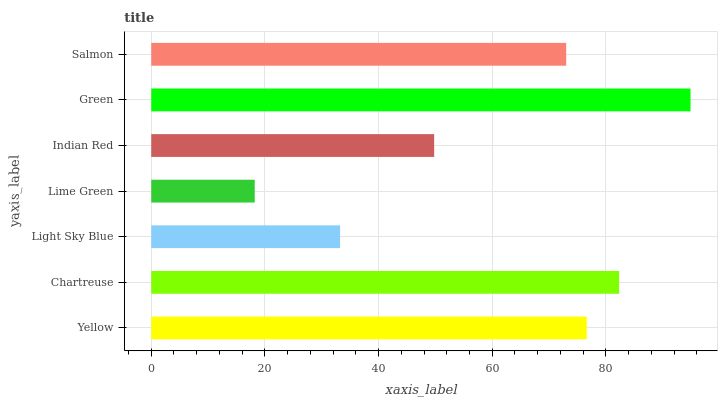
| yaxis_label | bars |
 | --- | --- |
 | Yellow | 76.6 |
 | Chartreuse | 82.3 |
 | Light Sky Blue | 33.2 |
 | Lime Green | 18.2 |
 | Indian Red | 49.8 |
 | Green | 94.9 |
 | Salmon | 73 |